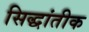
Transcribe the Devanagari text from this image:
सिद्धांतीक